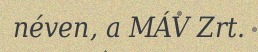
néven, a MÁV Zrt.